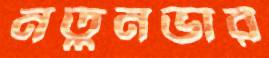
নতুনভার